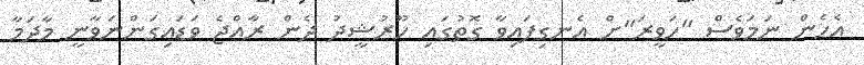
އެހެން ނަމަވެސް "ހަވީރަ"ށް އެނގިފައިވާ ގޮތުގައި ހޫރުޝީދު ދެން ރާއްޖެ ވަޑައިގަންނަވާނީ މާދަމާ